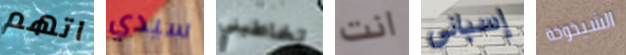
اتهم سيدي تخاطبني انت إسباني الشيخوخة